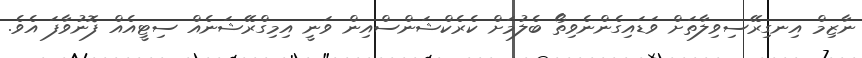
ނާޒިމް އިނގިރޭސިވިލާތަށް ވަޑައިގެންނެވިތޯ ބެލުމަށް ކެރެކްޝަންސްއިން ވަނީ އިމިގްރޭޝަނެއް ސިޓީއެއް ފޮނުވާފަ އެވެ.